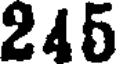
245